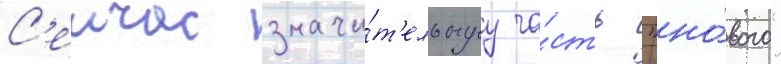
С'еичас значи́т'ельнуу ча́сть "но́вого"